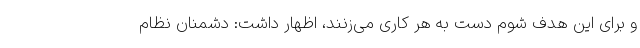
و برای این هدف شوم ‌دست به هر کاری می‌زنند، اظهار داشت: ‌دشمنان نظام